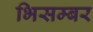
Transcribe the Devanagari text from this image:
भिसम्बर